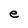
Character: e